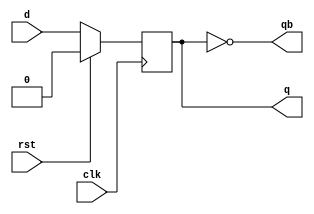
module d_ff(d,clk,rst,q,qb);
input d,clk,rst;
output reg q;
output qb;
always @(posedge clk)
begin
if(rst)
q<=0;
else
q<=d;
end   
assign qb = ~q;
endmodule